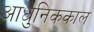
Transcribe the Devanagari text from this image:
आधुनिककाल